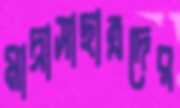
মাদ্রাসাছাত্রদের